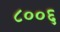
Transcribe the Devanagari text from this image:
८००६